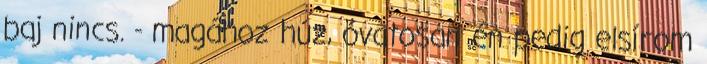
baj nincs. - magához húz, óvatosan én pedig elsírom